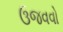
ઉજવવો